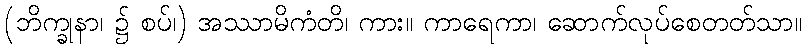
(ဘိက္ခုနာ၊ ၌ စပ်၊) အဿာမိကံတိ၊ ကား။ ကာရေကာ၊ ဆောက်လုပ်စေတတ်သာ။